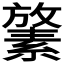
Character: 𪯛